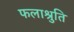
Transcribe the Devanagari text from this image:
फलाश्रुति